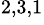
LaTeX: ^{2,3,1}